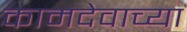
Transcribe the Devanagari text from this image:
कामदेवाच्या